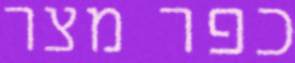
כפר מצר